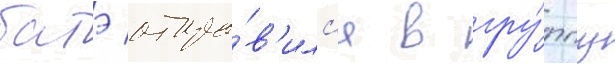
батэ отпра́в'илс'я в гру́ппу